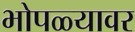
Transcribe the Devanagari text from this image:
भोपळ्यावर